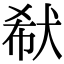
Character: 㹷